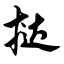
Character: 挞